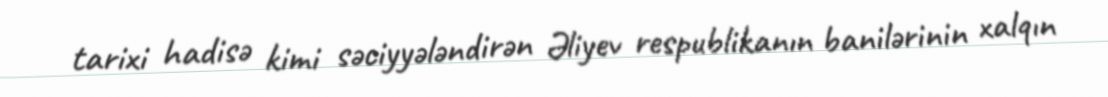
tarixi hadisə kimi səciyyələndirən Əliyev respublikanın banilərinin xalqın